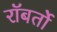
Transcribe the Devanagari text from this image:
रॉबर्तो